Indian journal of veterinary science and animal husbandry - Volume 10,
Year: 1940
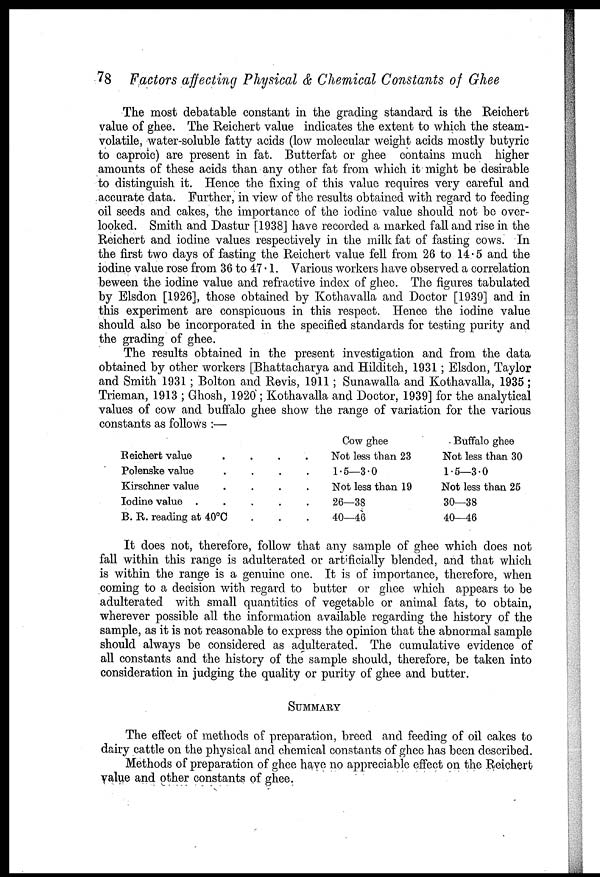
78 Factors affecting Physical & Chemical Constants of Ghee
The most debatable constant in the grading standard is the Reichert
value of ghee. The Reichert value indicates the extent to which the steam-
volatile, water-soluble fatty acids (low molecular weight acids mostly butyric
to caproic) are present in fat. Butterfat or ghee contains much higher
amounts of these acids than any other fat from which it might be desirable
to distinguish it. Hence the fixing of this value requires very careful and
accurate data. Further, in view of the results obtained with regard to feeding
oil seeds and cakes, the importance of the iodine value should not be over-
looked. Smith and Dastur [1938] have recorded a marked fall and rise in the
Reichert and iodine values respectively in the milk fat of fasting cows. In
the first two days of fasting the Reichert value fell from 26 to 14.5 and the
iodine value rose from 36 to 47 .1. Various workers have observed a correlation
beween the iodine value and refractive index of ghee. The figures tabulated
by Elsdon [1926], those obtained by Kothavalla and Doctor [1939] and in
this experiment are conspicuous in this respect. Hence the iodine value
should also be incorporated in the specified standards for testing purity and
the grading of ghee.
The results obtained in the present investigation and from the data
obtained by other workers [Bhattacharya and Hilditch, 1931 ; Elsdon, Taylor
and Smith 1931 ; Bolton and Revis, 1911 ; Sunawalla and Kothavalla, 1935;
Trieman, 1913 ; Ghosh, 1920 ; Kothavalla and Doctor, 1939] for the analytical
values of cow and buffalo ghee show the range of variation for the various
constants as follows :—
Reichert value . .
Polenske value . .
Kirschner value . .
Iodine value . .
B. R. reading at 40°C .
Cow ghee
Not less than 23
1.5—3.0
Not less than 19
26—38
40—46
Buffalo ghee
Not less than 30
1.5—3.0
Not less than 25
30—38
40—46
It does not, therefore, follow that any sample of ghee which does not
fall within this range is adulterated or artificially blended, and that which
is within the range is a genuine one. It is of importance, therefore, when
coming to a decision with regard to butter or ghee which appears to be
adulterated with small quantities of vegetable or animal fats, to obtain,
wherever possible all the information available regarding the history of the
sample, as it is not reasonable to express the opinion that the abnormal sample
should always be considered as adulterated. The cumulative evidence of
all constants and the history of the sample should, therefore, be taken into
consideration in judging the quality or purity of ghee and butter.
SUMMARY
The effect of methods of preparation, breed and feeding of oil cakes to
dairy cattle on the physical and chemical constants of ghee has been described.
Methods of preparation of ghee have no appreciable effect on the Reichert
value and other constants of ghee.